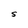
Character: S